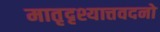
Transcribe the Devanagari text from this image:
मातृदृश्यात्तवदनो